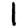
Digit: 1